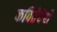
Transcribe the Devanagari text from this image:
कवितेचेही